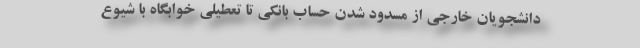
دانشجویان خارجی از مسدود شدن حساب بانکی تا تعطیلی خوابگاه با شیوع